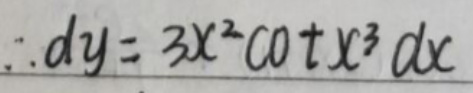
\[
\therefore dy = 3x^{2}\cot x^{3}dx
\]